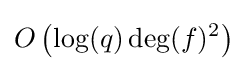
O\left(\log(q)\deg(f)^{2}\right)